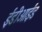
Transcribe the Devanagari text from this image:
ईडीआईड